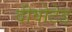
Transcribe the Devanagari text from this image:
दीवोटेड